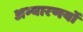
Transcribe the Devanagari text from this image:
अभ्यारणयों